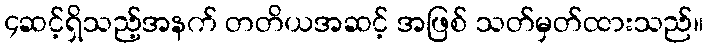
၄ဆင့်ရှိသည့်အနက် တတိယအဆင့် အဖြစ် သတ်မှတ်ထားသည်။